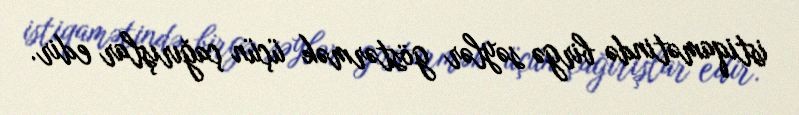
istiqamətində birgə səylər göstərmək üçün çağırışlar edir.